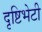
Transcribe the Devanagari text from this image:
दृष्टिभेटी